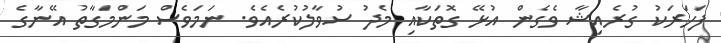
ފަހަރަކު ގުރެއިޝާ ވެގެން އުޅޭ ގޮތަކާއި މެދު ސުވާލުކުރެއެވެ. ނަމަވެސް މަންމަގާތު އޭނާގެ